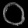
Digit: ၀